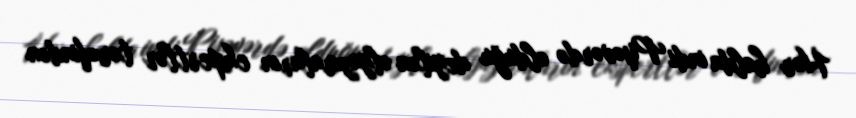
Hər halda indi Pişəvərdə olduğu deyilən əlyazmaların ekspertlər tərəfindən